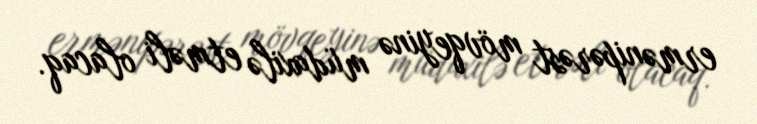
ermənipərəst mövqeyinə müdaxilə etməli olacaq.